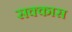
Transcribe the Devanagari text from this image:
सक्कास